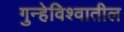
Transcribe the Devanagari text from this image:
गुन्हेविश्वातील